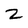
Character: 2